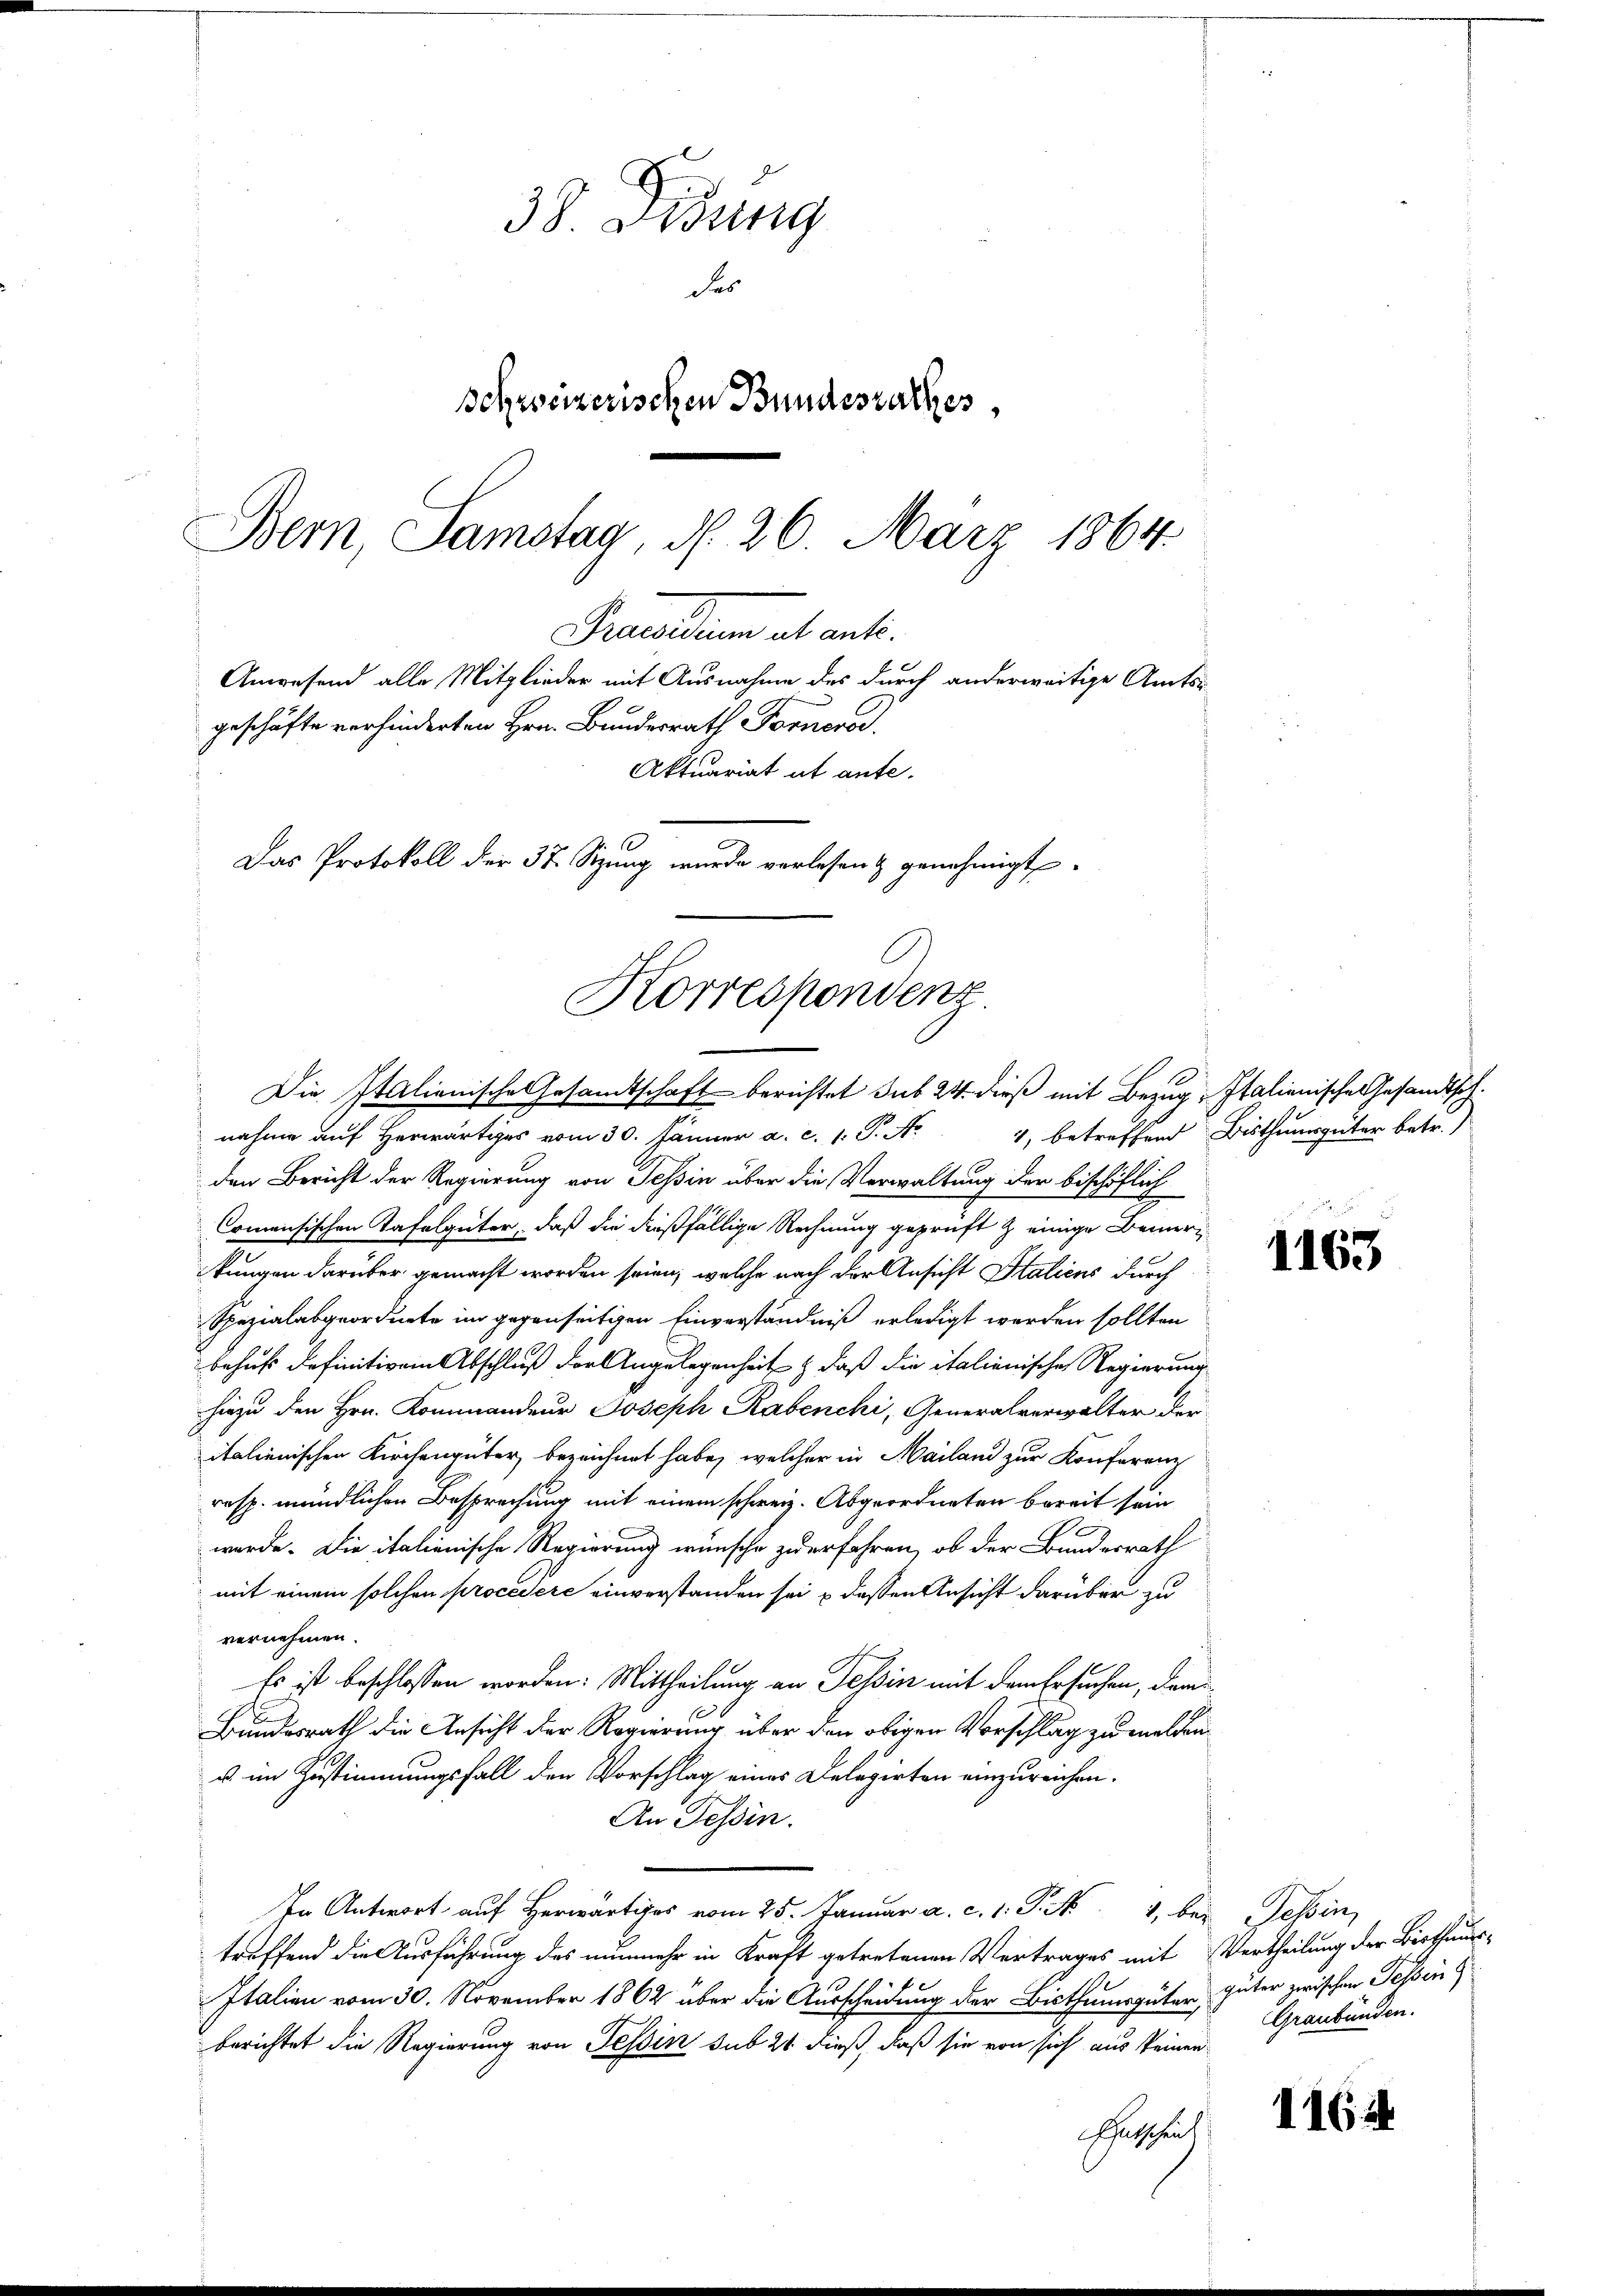
38. Disung
des
schweizerischen Bundesrathes
Bern, Samstag, d. 26. März 1864.
Precarium et art.
Anwesend alle Mitglieder mit Ausnahme des durch anderweitige Amtsgeschäfte verhinderten Hrn. Bundesrath Fornero.
Aktuariat ut ante.
Das Protokoll der 37. Sitzung wurde verlesen & genehmigt

Korrespondenz
Die Italienische Gesandtschaft berichtet sub 24. dieß mit Bezug Italienische Gesandtsch¬

nahme auf Herwärtiges vom 30. Jänner a. c. 1. P. M.
den Bericht der Regierung von Tessin über die Verwaltung der bischöflich
Comensischen Tafelgüter, daß die dießfällige Rechnung geprüft & einige Bemerikungen darüber gemacht worden seien, welche nach der Ansicht Italiens durch
Spezialabgeordnete im gegenseitigen Einverständniß erledigt werden sollten
behufs definitiven Abschluß der Angelegenheit, daß die italienische Regierung
hiezu den Hrn. Kommandeur Joseph Rabenchi, Generalverwalter der
italienischen Kirchengüter bezeichnet habe, welcher in Mailand zur Konferenz
resp. mündlichen Besprechung mit einem schweiz. Abgeordneten bereit sein
werde. Die italienische Regierung wünsche zu erfahren, ob der Bunderrath
mit einem solchen procedere einverstanden sei & dessen Ansicht darüber zu
vernehmen.
Es ist beschlossen worden. Mittheilung an Tessin mit dem Ersuchen, dam
Bundesrath die Ansicht der Regierung über den obigen Vorschlag zu melden
u im Zustimmungsfall den Vorschlag eines Delegirten einzureichen.
An Tessin.
In Antwort auf Herr vom 25. Januar a. c. 1. P. N 1, bei Tessin,
treffend die Ausführung des nunmehr in Kraft getretenen Vertrages mit Vertheilung der Berthungs-
Italien vom 30. November 1862 über die Ausscheidung der Bisthumsgüter, Güter zwischen Tessin
berichtet die Regierung von Tessin sub 20 dieß, daß sie von sich aus keinen
Sputschul

1, betreffend Bisthumsgüter betr.)

Graubünden.

1163

11624